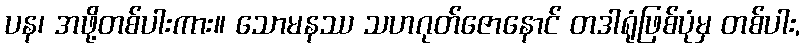
ပန၊ အဖို့တစ်ပါးကား။ သောမနဿ သဟဂုတ်ဇောနောင် တဒါရုံဖြစ်ပုံမှ တစ်ပါး,